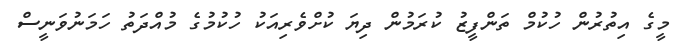
މީގެ އިތުރުން ހުކުމް ތަންފީޒު ކުރަމުން ދިޔަ ކުށްވެރިއަކު ހުކުމުގެ މުއްދަތު ހަމަނުވަނީސް